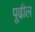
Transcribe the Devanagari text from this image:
पूढील